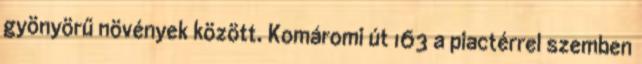
gyönyörű növények között. Komáromi út 163 a piactérrel szemben